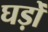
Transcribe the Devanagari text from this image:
घड़ोँ